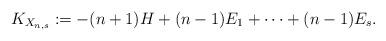
LaTeX: \begin{align*}K_{X_{n,s}}:= -(n+1)H+(n-1)E_1+\dots +(n-1)E_s.\end{align*}